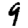
Digit: 9